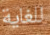
للغاية